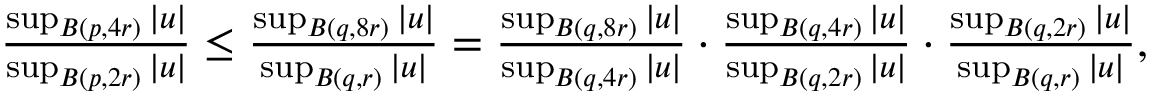
\begin{array} { r } { \frac { \operatorname* { s u p } _ { B ( p , 4 r ) } | u | } { \operatorname* { s u p } _ { B ( p , 2 r ) } | u | } \leq \frac { \operatorname* { s u p } _ { B ( q , 8 r ) } | u | } { \operatorname* { s u p } _ { B ( q , r ) } | u | } = \frac { \operatorname* { s u p } _ { B ( q , 8 r ) } | u | } { \operatorname* { s u p } _ { B ( q , 4 r ) } | u | } \cdot \frac { \operatorname* { s u p } _ { B ( q , 4 r ) } | u | } { \operatorname* { s u p } _ { B ( q , 2 r ) } | u | } \cdot \frac { \operatorname* { s u p } _ { B ( q , 2 r ) } | u | } { \operatorname* { s u p } _ { B ( q , r ) } | u | } , } \end{array}